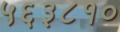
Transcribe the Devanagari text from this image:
५६३८१०